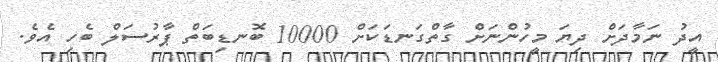
އީދު ނަމާދަށް ދިޔަ މީހުންނަށް ގާތްގަނޑަކަށް 10000 ބޮނޑިބަތް ޕާރުސަލް ބެހި އެވެ.